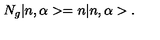
N _ { g } | n , \alpha > = n | n , \alpha > .